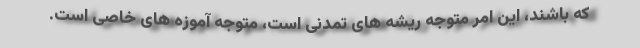
که باشند، این امر متوجه ریشه های تمدنی است، متوجه آموزه های خاصی است.